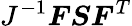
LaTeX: J^{-1}{\boldsymbol{F}}{\boldsymbol{S}}{\boldsymbol{F}}^{T}